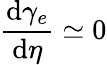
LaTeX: \frac{\mathrm{d}{{\gamma}_{e}}}{\mathrm{d}\eta}\simeq 0